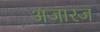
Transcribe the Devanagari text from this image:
अजारज